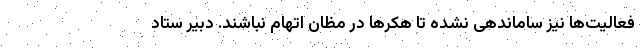
فعالیت‌ها نیز ساماندهی نشده تا هکرها در مظان اتهام نباشند. دبیر ستاد